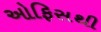
ઓફિસથી